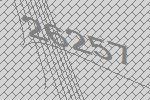
26257